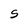
Character: S